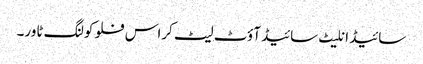
سائیڈ انلیٹ سائیڈ آؤٹ لیٹ کراس فلو کولنگ ٹاور۔